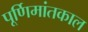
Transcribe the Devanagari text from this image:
पूर्णिमांतकाल